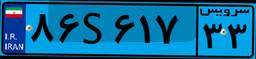
۸۶S۶۱۷۳۳